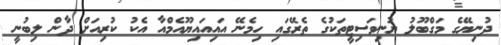
ދުނިޔޭގެ މަގްބޫލު ޔުނިވަސިޓީތަކުގެ ތެރޭގައި ހިމެނޭ އައިއައިޔޫއެމްއާ އެކު ކުރިއަށް ދާން ލިބުނީ